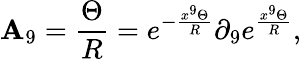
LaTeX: \mathbf{A}_{9}=\frac{{\Theta}}{{R}}=e^{-\frac{{x^{9}\Theta}}{{R}}}\partial_{9}e^{\frac{{x^{9}\Theta}}{{R}}},